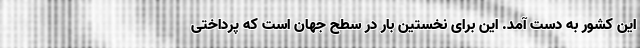
این کشور به دست آمد. این برای نخستین بار در سطح جهان است که پرداختی